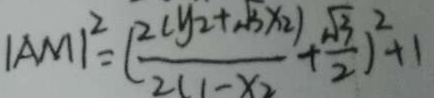
\vert A M \vert ^ { 2 } = ( \frac { 2 ( y _ { 2 } + \sqrt { 3 } x _ { 2 } ) } { 2 ( 1 - x _ { 2 } } + \frac { \sqrt { 3 } } { 2 } ) ^ { 2 } + 1